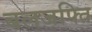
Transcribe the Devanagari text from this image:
बलजफ्ति